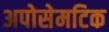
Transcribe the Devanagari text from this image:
अपोसेमटिक